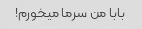
بابا من سرما میخورم!